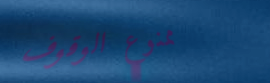
ممنوع الوقوف